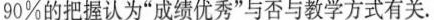
90%的把握认为”成绩优秀”与否与教学方式有关。